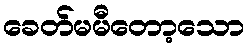
ခေတ်မမီတော့သော